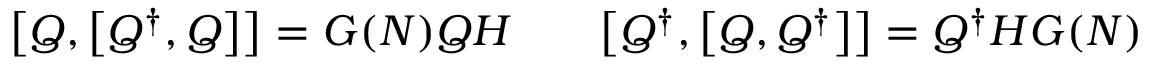
\bigl [ Q , \bigl [ Q ^ { \dagger } , Q \bigr ] \bigr ] = G ( N ) Q H \qquad \bigl [ Q ^ { \dagger } , \bigl [ Q , Q ^ { \dagger } \bigr ] \bigr ] = Q ^ { \dagger } H G ( N )